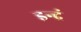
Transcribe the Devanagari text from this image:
इन्द्रं